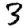
Digit: 3